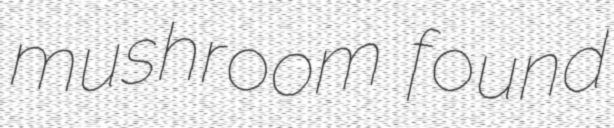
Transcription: mushroom found